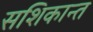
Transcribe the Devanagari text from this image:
सशिकान्त